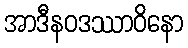
အာဒီနဝဒဿာဝိနော